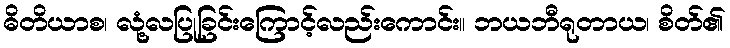
ဓိတိယာစ၊ လုံ့လပြုခြင်းကြောင့်လည်းကောင်း။ ဘယဘီရုတာယ၊ စိတ်၏